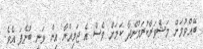
ބޭއްވުމަށް މަޝްވަރާކުރަމުންދާ ކަމަށް ވެސް އެ ޖަމިއްޔާ އިން ވަނީ ބުނެފަ އެވެ.